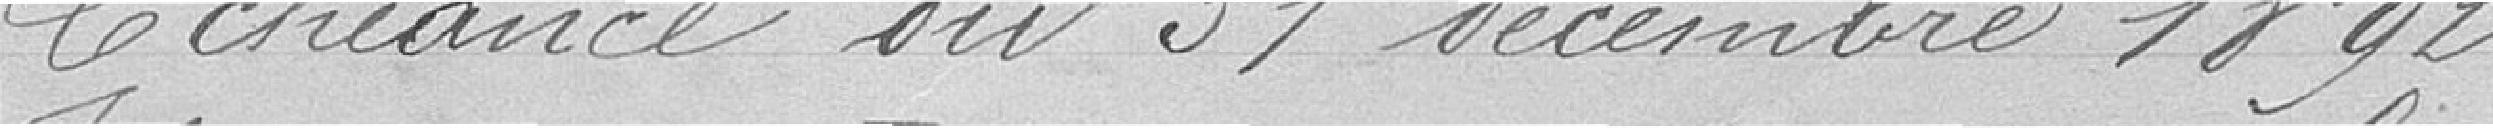
Echéance du 31 décembre 1892